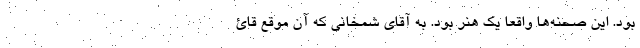
بود. این صحنه‌ها واقعاً یک هنر بود. به آقای شمخانی که آن موقع قائ